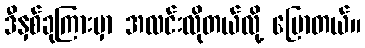
ဒီနှစ်ခုကြားမှာ အလင်းလိုတယ်လို့ ပြောတယ်။